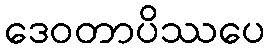
ဒေဝတာပိဿပေ